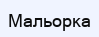
Мальорка